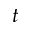
t